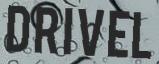
DRIVEL